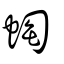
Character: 蜪